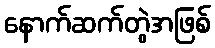
နောက်ဆက်တွဲအဖြစ်